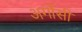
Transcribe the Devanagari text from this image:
अर्गोसी